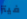
فيتز